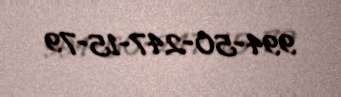
994-50-247-15-79